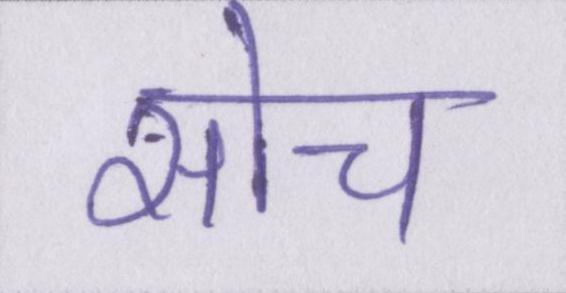
सोच